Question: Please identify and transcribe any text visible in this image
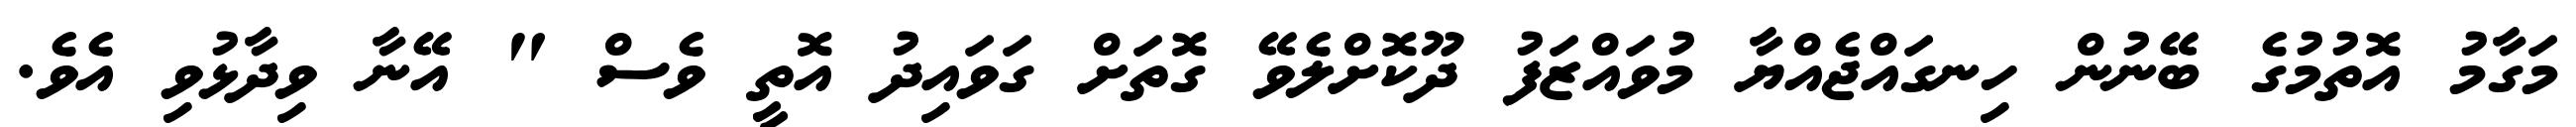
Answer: މަގާމު އޮތުމުގެ ބޭނުން ހިނގައްޖެއްޔާ މުވައްޒަފު ދޫކޮށްލެވޭ ގޮތަށް ގަވައިދު އޮތީ ވެސް " އޭނާ ވިދާޅުވި އެވެ.